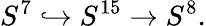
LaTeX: S^{7}\hookrightarrow S^{15}\to S^{8}.